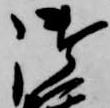
御